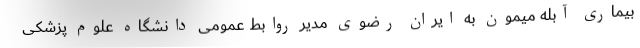
بیماری آبله میمون به ایران رضوی مدیر روابط عمومی دانشگاه علوم پزشکی